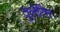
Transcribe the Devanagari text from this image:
तुलेरिस